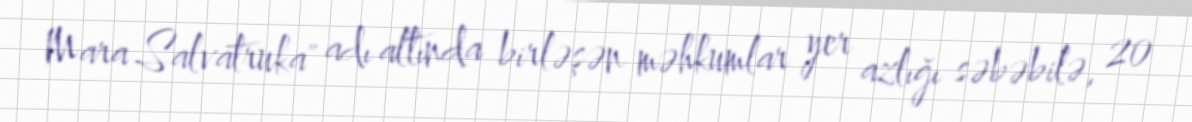
Mara Salvatruka" adı altında birləşən məhkumlar yer azlığı səbəbilə, 20